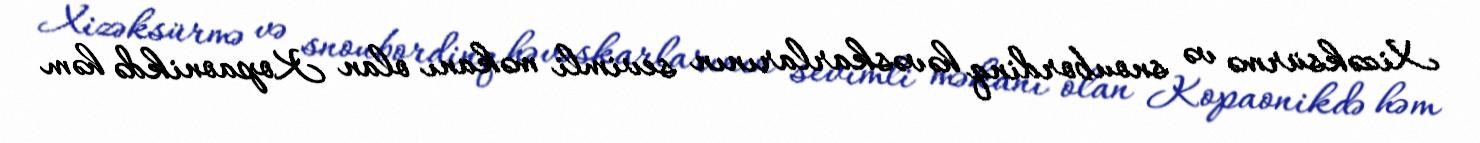
Xizəksürmə və snoubordinq həvəskarlarının sevimli məkanı olan Kopaonikdə həm